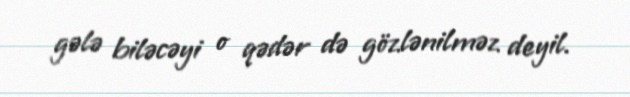
gələ biləcəyi o qədər də gözlənilməz deyil.